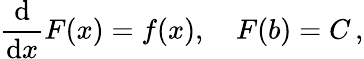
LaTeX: \frac{\mathrm{d}}{\mathrm{d}x}F(x)=f(x),\quad F(b)=C\, ,